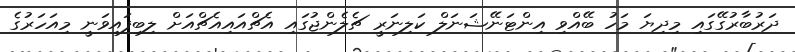
ދަރުބާރުގޭގައި މިދިޔަ މަހު ބޭއްވި އިންޓަނޭޝަނަލް ކަލިނަރީ ޗެލެންޖުގައި އެޗްއައިއެޗްއަށް ލިބިފައިވަނީ މިއަހަރުގެ